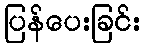
ပြန်ပေးခြင်း